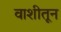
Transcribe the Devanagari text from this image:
वाशीतून